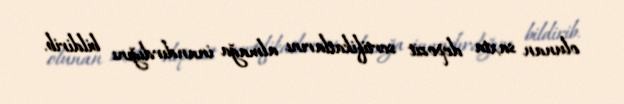
olunan saxta depozit sertifikatlarını almağa inandırdığını bildirib.